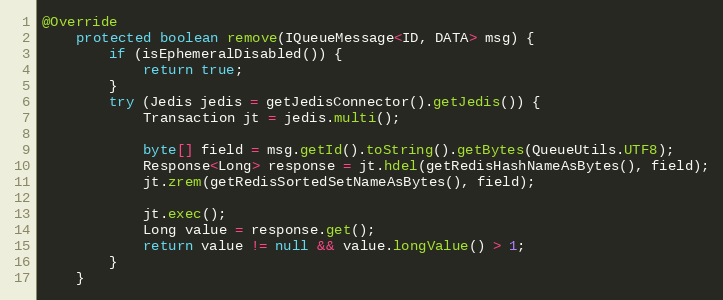
Language: Java
@Override
    protected boolean remove(IQueueMessage<ID, DATA> msg) {
        if (isEphemeralDisabled()) {
            return true;
        }
        try (Jedis jedis = getJedisConnector().getJedis()) {
            Transaction jt = jedis.multi();

            byte[] field = msg.getId().toString().getBytes(QueueUtils.UTF8);
            Response<Long> response = jt.hdel(getRedisHashNameAsBytes(), field);
            jt.zrem(getRedisSortedSetNameAsBytes(), field);

            jt.exec();
            Long value = response.get();
            return value != null && value.longValue() > 1;
        }
    }